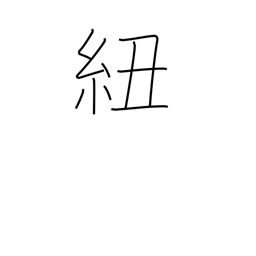
Meaning: tape